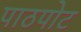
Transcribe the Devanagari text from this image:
पाठपोट